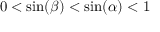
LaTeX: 0 < \sin ( \beta ) < \sin ( \alpha ) < 1